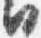
日